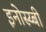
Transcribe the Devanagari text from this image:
इनोस्य्बी